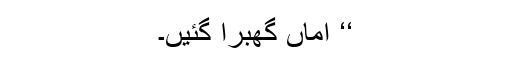
‘‘ اماں گھبرا گئیں۔